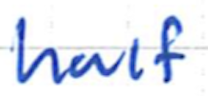
Text: half
Cross-out: clean
Writing tool: ballpoint